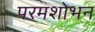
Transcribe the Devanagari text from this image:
परमशोभन